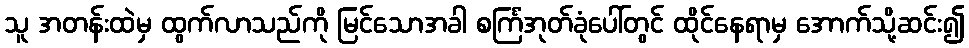
သူ အတန်းထဲမှ ထွက်လာသည်ကို မြင်သောအခါ စင်္ကြံအုတ်ခုံပေါ်တွင် ထိုင်နေရာမှ အောက်သို့ဆင်း၍